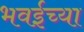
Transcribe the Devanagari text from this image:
भवईच्या